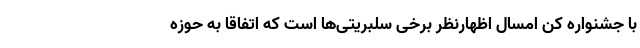
با جشنواره کن امسال اظهارنظر برخی سلبریتی‌ها است که اتفاقاً به حوزه